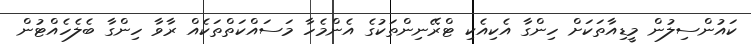
ކައުންސިލުން މީޑިއާތަކަށް ހިންގާ އެކިއެކި ޓްރޭނިންތަކުގެ އެންމެހާ މަސައްކަތްތަކެއް ރާވާ ހިންގާ ބެލެހެއްޓުން